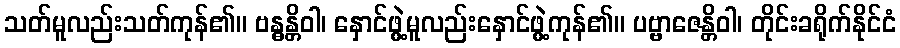
သတ်မူလည်းသတ်ကုန်၏။ ဗန္ဓန္တိဝါ၊ နှောင်ဖွဲ့မူလည်းနှောင်ဖွဲ့ကုန်၏။ ပဗ္ဗာဇေန္တိဝါ၊ တိုင်းခရိုက်နိုင်ငံ